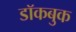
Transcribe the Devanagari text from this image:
डॉकबुक